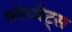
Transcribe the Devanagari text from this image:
वोम्बैट्स